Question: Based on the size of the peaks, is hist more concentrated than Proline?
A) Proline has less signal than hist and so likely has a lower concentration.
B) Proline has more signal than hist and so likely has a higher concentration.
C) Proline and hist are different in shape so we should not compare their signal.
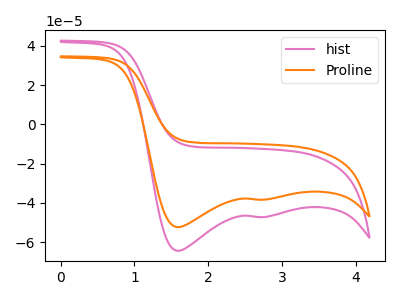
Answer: <think>The pink curve "hist" has cathodic peaks at (1.60V, -64.40uA) (2.75V, -47.20uA). The orange curve "Proline" has cathodic peaks at (1.60V, -52.35uA) (2.75V, -38.35uA).
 All the peaks in "Proline" have a peak in "hist" at the same potential. Every peak in "Proline" is lower than every peak in "hist".</think>
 <answer>A) "Proline" has less signal than "hist" and so likely has a lower concentration.</answer>
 <eval>A</eval>